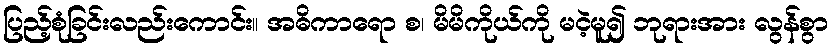
ပြည့်စုံခြင်းလည်းကောင်း။ အဓိကာရော စ၊ မိမိကိုယ်ကို မငဲ့မူ၍ ဘုရားအား လွန်စွာ